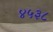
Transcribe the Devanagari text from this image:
४५३८